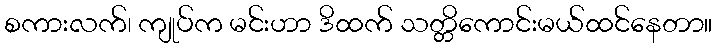
စကားလက်၊ ကျုပ်က မင်းဟာ ဒိထက် သတ္တိကောင်းမယ်ထင်နေတာ။